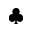
\clubsuit